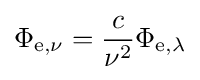
\Phi _{\mathrm {e} ,\nu }={c \over \nu ^{2}}\Phi _{\mathrm {e} ,\lambda }